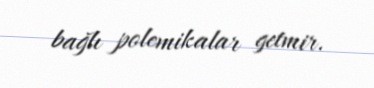
bağlı polemikalar getmir.